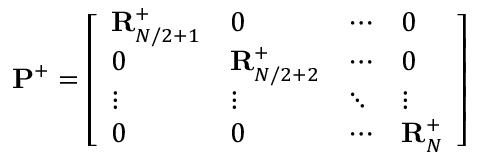
\mathbf { P } ^ { + } = \left[ \begin{array} { l l l l } { \mathbf { R } _ { N / 2 + 1 } ^ { + } } & { 0 } & { \cdots } & { 0 } \\ { 0 } & { \mathbf { R } _ { N / 2 + 2 } ^ { + } } & { \cdots } & { 0 } \\ { \vdots } & { \vdots } & { \ddots } & { \vdots } \\ { 0 } & { 0 } & { \cdots } & { \mathbf { R } _ { N } ^ { + } } \end{array} \right]